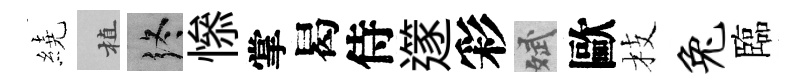
繞植终𢡖掌曷侍𨗹彩斌歐枝兔臨